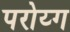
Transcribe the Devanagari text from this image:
परोय्ग